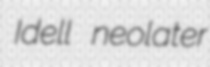
Idell neolater